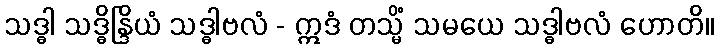
သဒ္ဓါ သဒ္ဓိန္ဒြိယံ သဒ္ဓါဗလံ - ဣဒံ တသ္မိံ သမယေ သဒ္ဓါဗလံ ဟောတိ။